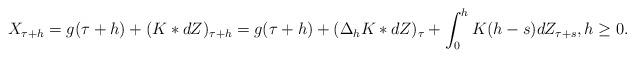
LaTeX: \begin{align*} X_{\tau+h}=g(\tau + h) + (K*dZ)_{\tau+h} = g(\tau + h) + (\Delta_h K * dZ)_\tau + \int_0^h K(h-s) d Z_{\tau+s}, h \geq 0.\end{align*}